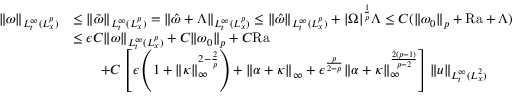
\begin{array} { r l } { \| \omega \| _ { L _ { t } ^ { \infty } ( L _ { x } ^ { p } ) } } & { \leq \| \tilde { \omega } \| _ { L _ { t } ^ { \infty } ( L _ { x } ^ { p } ) } = \| \hat { \omega } + \Lambda \| _ { L _ { t } ^ { \infty } ( L _ { x } ^ { p } ) } \leq \| \hat { \omega } \| _ { L _ { t } ^ { \infty } ( L _ { x } ^ { p } ) } + | \Omega | ^ { \frac { 1 } { p } } \Lambda \leq C ( \| \omega _ { 0 } \| _ { p } + \mathrm { { R a } } + \Lambda ) } \\ & { \leq \epsilon C \| \omega \| _ { L _ { t } ^ { \infty } ( L _ { x } ^ { p } ) } + C \| \omega _ { 0 } \| _ { p } + C { \mathrm { R a } } } \\ & { \qquad + C \left[ \epsilon \left( 1 + \| \kappa \| _ { \infty } ^ { 2 - \frac { 2 } { p } } \right) + \| \alpha + \kappa \| _ { \infty } + \epsilon ^ { \frac { p } { 2 - p } } \| \alpha + \kappa \| _ { \infty } ^ { \frac { 2 ( p - 1 ) } { p - 2 } } \right] \| u \| _ { L _ { t } ^ { \infty } ( L _ { x } ^ { 2 } ) } } \end{array}